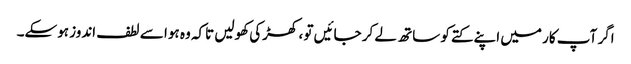
اگر آپ کار میں اپنے کتے کو ساتھ لے کر جائیں تو ، کھڑکی کھولیں تاکہ وہ ہوا سے لطف اندوز ہوسکے۔